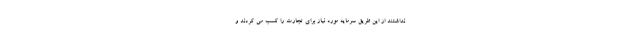
نداشتند از این طریق سرمایه مورد نیاز برای تجارت را کسب می کردند و